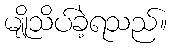
မျိုသိပ်ခဲ့ရသည်။